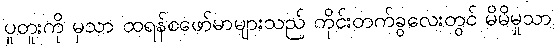
ပူတူးကို မှသာ ထရန်စဖော်မာများသည် ကိုင်းတက်ခွလေးတွင် မိမိမှုသာ